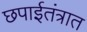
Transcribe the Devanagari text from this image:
छपाईतंत्रात